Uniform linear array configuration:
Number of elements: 8
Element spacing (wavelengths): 0.25
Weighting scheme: exponential
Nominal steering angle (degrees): -30
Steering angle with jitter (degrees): -29.15
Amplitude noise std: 0.05
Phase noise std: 0.05

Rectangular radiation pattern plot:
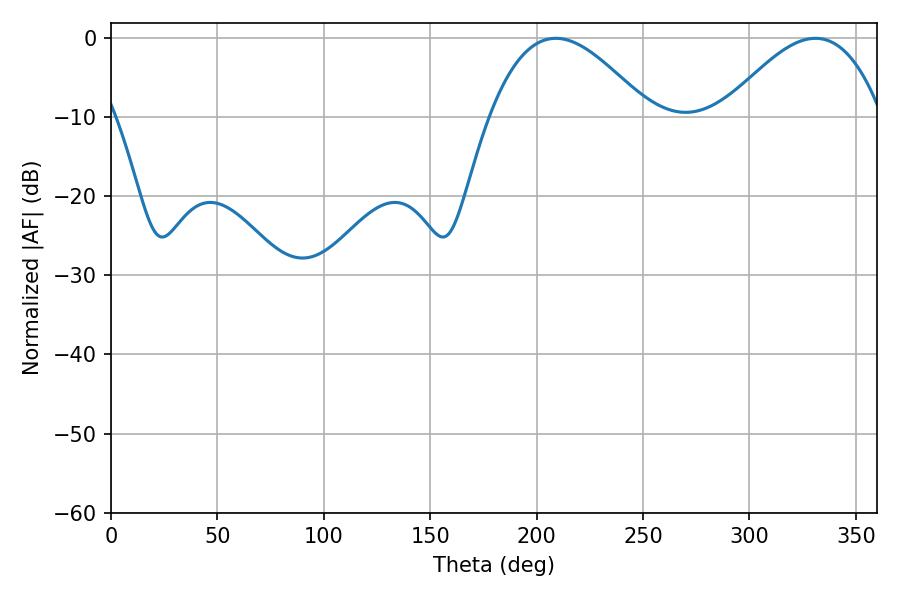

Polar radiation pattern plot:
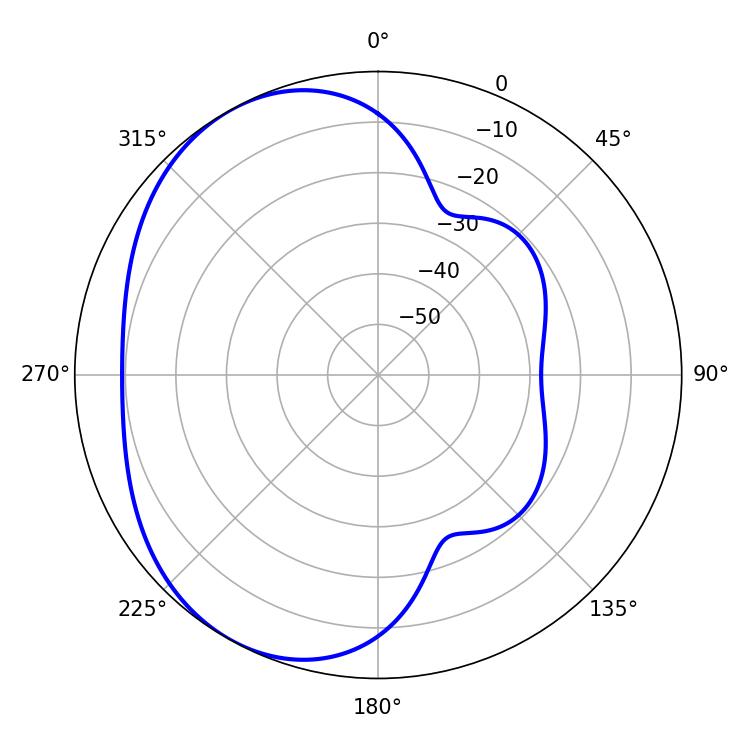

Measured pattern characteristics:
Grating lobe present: FALSE
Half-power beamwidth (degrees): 40.68
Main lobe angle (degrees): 208.98